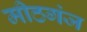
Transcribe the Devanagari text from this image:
मीठगंज